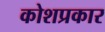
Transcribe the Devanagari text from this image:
कोशप्रकार